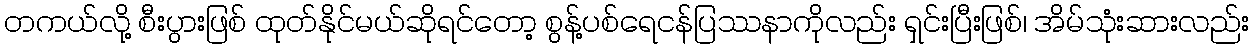
တကယ်လို့ စီးပွားဖြစ် ထုတ်နိုင်မယ်ဆိုရင်တော့ စွန့်ပစ်ရေငန်ပြဿနာကိုလည်း ရှင်းပြီးဖြစ်၊ အိမ်သုံးဆားလည်း